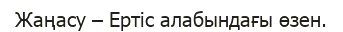
Жаңасу – Ертіс алабындағы өзен.